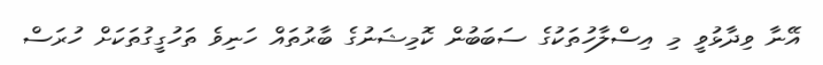
އޭނާ ވިދާޅުވީ މި އިސްލާހުތަކުގެ ސަބަބުން ކޮމިޝަނުގެ ބާރުތައް ހަނިވެ ތަހުގީގުތަކަށް ހުރަސް